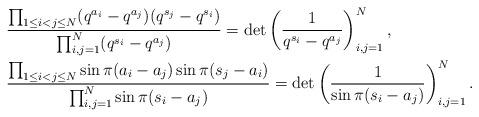
LaTeX: \begin{align*}&\frac{\prod_{1\le i<j\le N}(q^{a_i}-q^{a_j})(q^{s_j}-q^{s_i})}{\prod_{i,j=1}^N(q^{s_i}-q^{a_j})}=\det\left(\frac{1}{q^{s_i}-q^{a_j}}\right)_{i,j=1}^N,\\&\frac{\prod_{1\le i<j\le N}\sin\pi (a_i-a_j)\sin\pi(s_j-a_i)}{\prod_{i,j=1}^N\sin\pi(s_i-a_j)}=\det\left(\frac{1}{\sin\pi(s_i-a_j)}\right)_{i,j=1}^N.\end{align*}